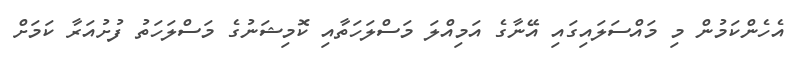
އެހެންކަމުން މި މައްސަލައިގައި އޭނާގެ އަމިއްލަ މަސްލަހަތާއި ކޮމިޝަނުގެ މަސްލަހަތު ފުށުއަރާ ކަމަށް